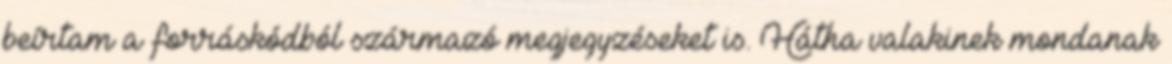
beírtam a forráskódból származó megjegyzéseket is. Hátha valakinek mondanak